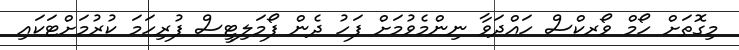
މިގޮތަށް ހޯމް ވޯރކްސް ހައްދަވާ ނިންމެވުމަށް ފަހު ދެން ފޯމަލިޓީސް ފުރިހަމަ ކުރުމަށްޓަކައި